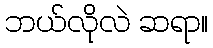
ဘယ်လိုလဲ ဆရာ။